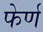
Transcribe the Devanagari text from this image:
फेर्ण